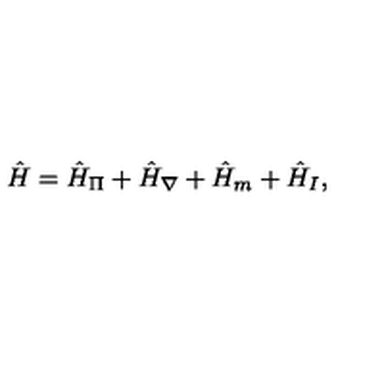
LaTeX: \hat { H } = \hat { H } _ { \Pi } + \hat { H } _ { \nabla } + \hat { H } _ { m } + \hat { H } _ { I } ,